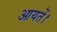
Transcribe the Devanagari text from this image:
आयतें।